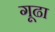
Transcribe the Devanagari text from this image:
गूढा